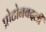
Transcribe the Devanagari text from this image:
प्रोटोनबदली